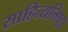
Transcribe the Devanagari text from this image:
साहित्यनिष्ठा